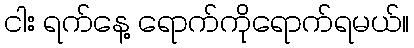
ငါး ရက်နေ့ ရောက်ကိုရောက်ရမယ်။